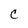
Character: C